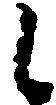
候